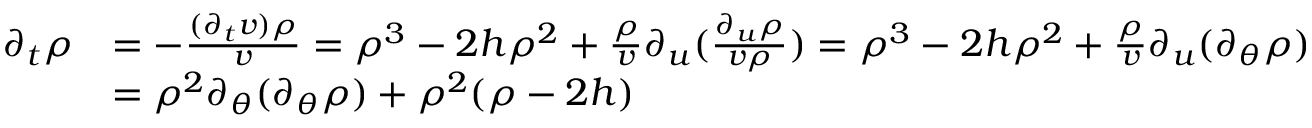
\begin{array} { r l } { \partial _ { t } \rho } & { = - \frac { ( \partial _ { t } v ) \rho } { v } = \rho ^ { 3 } - 2 h \rho ^ { 2 } + \frac { \rho } { v } \partial _ { u } ( \frac { \partial _ { u } \rho } { v \rho } ) = \rho ^ { 3 } - 2 h \rho ^ { 2 } + \frac { \rho } { v } \partial _ { u } ( \partial _ { \theta } \rho ) } \\ & { = \rho ^ { 2 } \partial _ { \theta } ( \partial _ { \theta } \rho ) + \rho ^ { 2 } ( \rho - 2 h ) } \end{array}